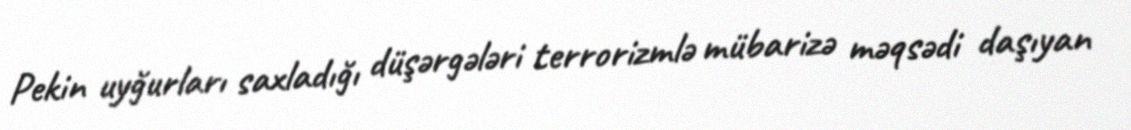
Pekin uyğurları saxladığı düşərgələri terrorizmlə mübarizə məqsədi daşıyan